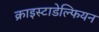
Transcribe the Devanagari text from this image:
क्राइस्टाडेल्फियन